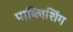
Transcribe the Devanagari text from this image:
पाब्लिशिंग